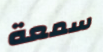
سمعة